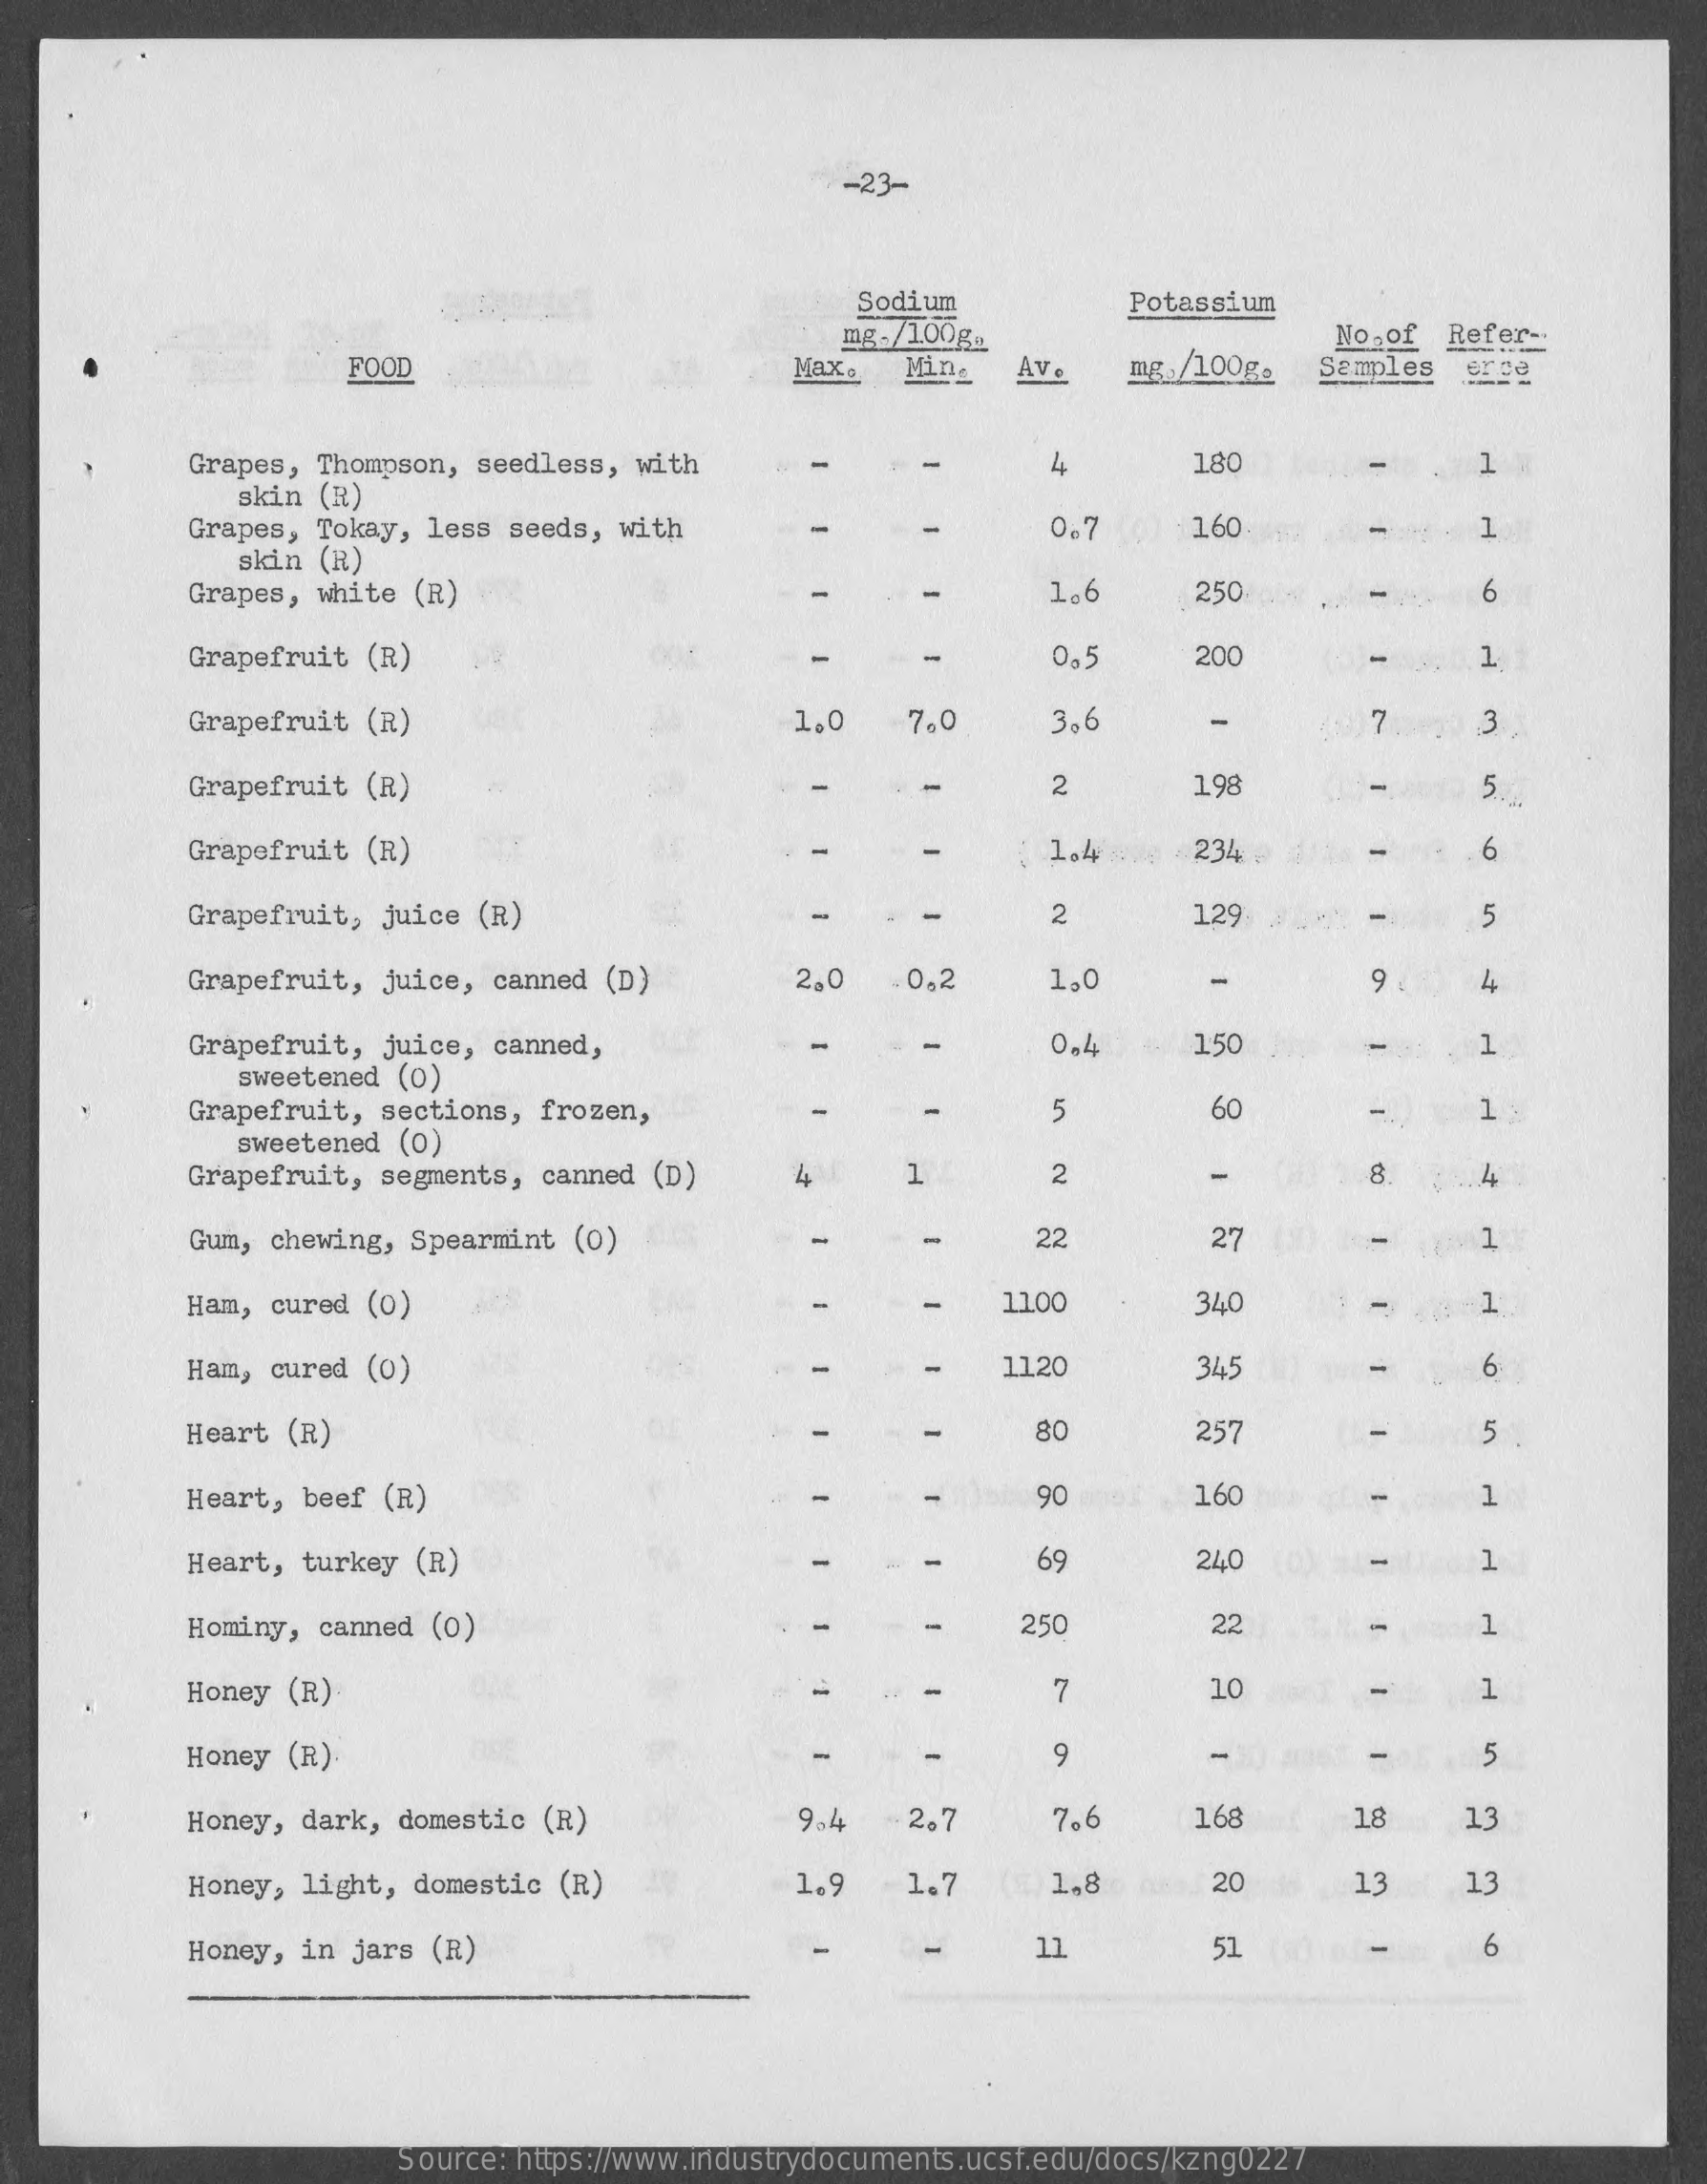
-23-
     Sodium    Potassium
     mg./100g ..    No.of  Refer-
     FOOD    Max.   Min.   Av.    mg  /100g.   Samples
     Grapes, Thompson, seedless, with    4    180    1
     skin (R)
     Grapes, Tokay, less seeds, with    0.7    160    -    1
     skin (R)
     Grapes,  white (R)    1.6    250    6
     Grapefruit  (R)    0.5    200    1
     Grapefruit (R)    1.0    7.0    3,6    -    7    3
     Grapefruit (R)    2    198
     Grapefruit  (R)    : 1.4    234    6
     Grapefruit,  juice (R)    2    129    5
     Grapefruit,  juice, canned (D)    2.0   .0.2    1,0    9 .    44
     Grapefruit, juice, canned,    150    1
     sweetened (0)
     0.4
     Grapefruit, sections, frozen,    5    60    1
     sweetened (0)
     Grapefruit,  segments, canned (D)    4    1    2    -
     Gum,  chewing, Spearmint (0)    22    27
     Ham,  cured (0)    11.00    340    1
     Ham,  cured (0)    11.20    345    6
     Heart (R)    80    25    5
     Heart,  beef (R)    90    160    1
     Heart,  turkey (R)    69    240    1
     Hominy,  canned (0)    250    22    1
     Honey  (R)    7    10    1
     Honey  (R).    9    -    5
     Honey,  dark, domestic (R)    9.4    2.7    7.6    168    18    13
     Honey, light, domestic (R)    1.9    1.7    1.8    20    13    13
     Honey,  in jars (R)    -    11    51    6
     Source: https://www.industrydocuments.ucsf.edu/docs/kzng0227